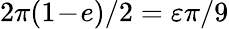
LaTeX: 2\pi(1\! -\! e)/2=\varepsilon\pi/9